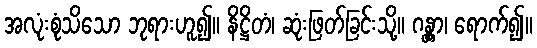
အလုံးစုံသိသော ဘုရားဟူ၍။ နိဋ္ဌိတံ၊ ဆုံးဖြတ်ခြင်းသို့။ ဂန္တွာ၊ ရောက်၍။